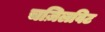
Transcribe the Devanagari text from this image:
चज़िलविट